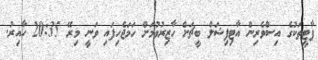
ޕާޓީތަކުގެ އިސްވެރިން އާޓިފިޝަލް ބީޗަށް ހާޒިރުވުމަށް ހަމަޖެހިފައި ވަނީ މިރޭ 20:35 ހާއިރު.